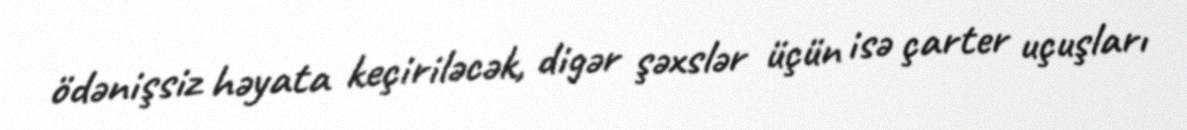
ödənişsiz həyata keçiriləcək, digər şəxslər üçün isə çarter uçuşları